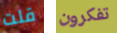
قلت تفكرون